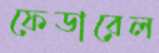
ফেডারেল